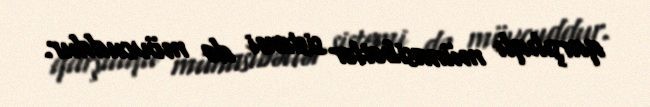
qarşılıqlı münasibətlər sistemi də mövcuddur.